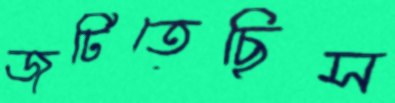
জুটিতেছিস